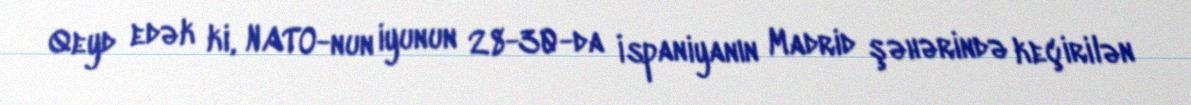
Qeyd edək ki, NATO-nun iyunun 28-30-da İspaniyanın Madrid şəhərində keçirilən